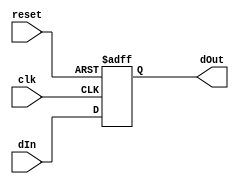
module FlipFlop(clk, reset, dIn, dOut);
	input clk;
	input reset;
	input dIn;
	
	output reg dOut;
	
	always @(posedge reset or posedge clk) begin
		dOut <= dIn;
		if (reset)
			dOut <= 0;
	end
endmodule

module TossleFlipFlop(en, reset, clk, out);
	input en;
	input reset;
	input clk;
	output reg out;
	always @(posedge reset or posedge clk) begin
		if (reset) begin
			out <= 0;
		end else begin
			if (en) begin
				out <= ~out;
			end
		end 
	end
endmodule